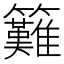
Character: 𥸁